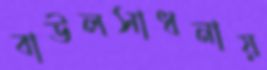
বাউলসাধনায়